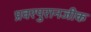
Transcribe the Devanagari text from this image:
प्रवरपुरानजीक